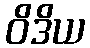
ဝိဒိယ